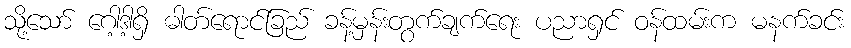
သို့သော် ဂေါ့ဒါ့ရှိ ဓါတ်ရောင်ခြည် ခန့်မှန်းတွက်ချက်ရေး ပညာရှင် ဝန်ထမ်းက မနက်ခင်း